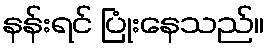
နန်းရင် ပြုံးနေသည်။